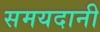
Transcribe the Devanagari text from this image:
समयदानी